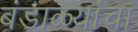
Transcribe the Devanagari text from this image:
बंडाळ्यांचा